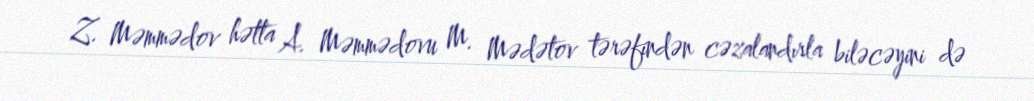
Z. Məmmədov hətta A. Məmmədovu M. Mədətov tərəfindən cəzalandırla biləcəyini də